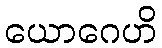
ယောဂေဟိ